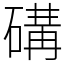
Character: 䃓